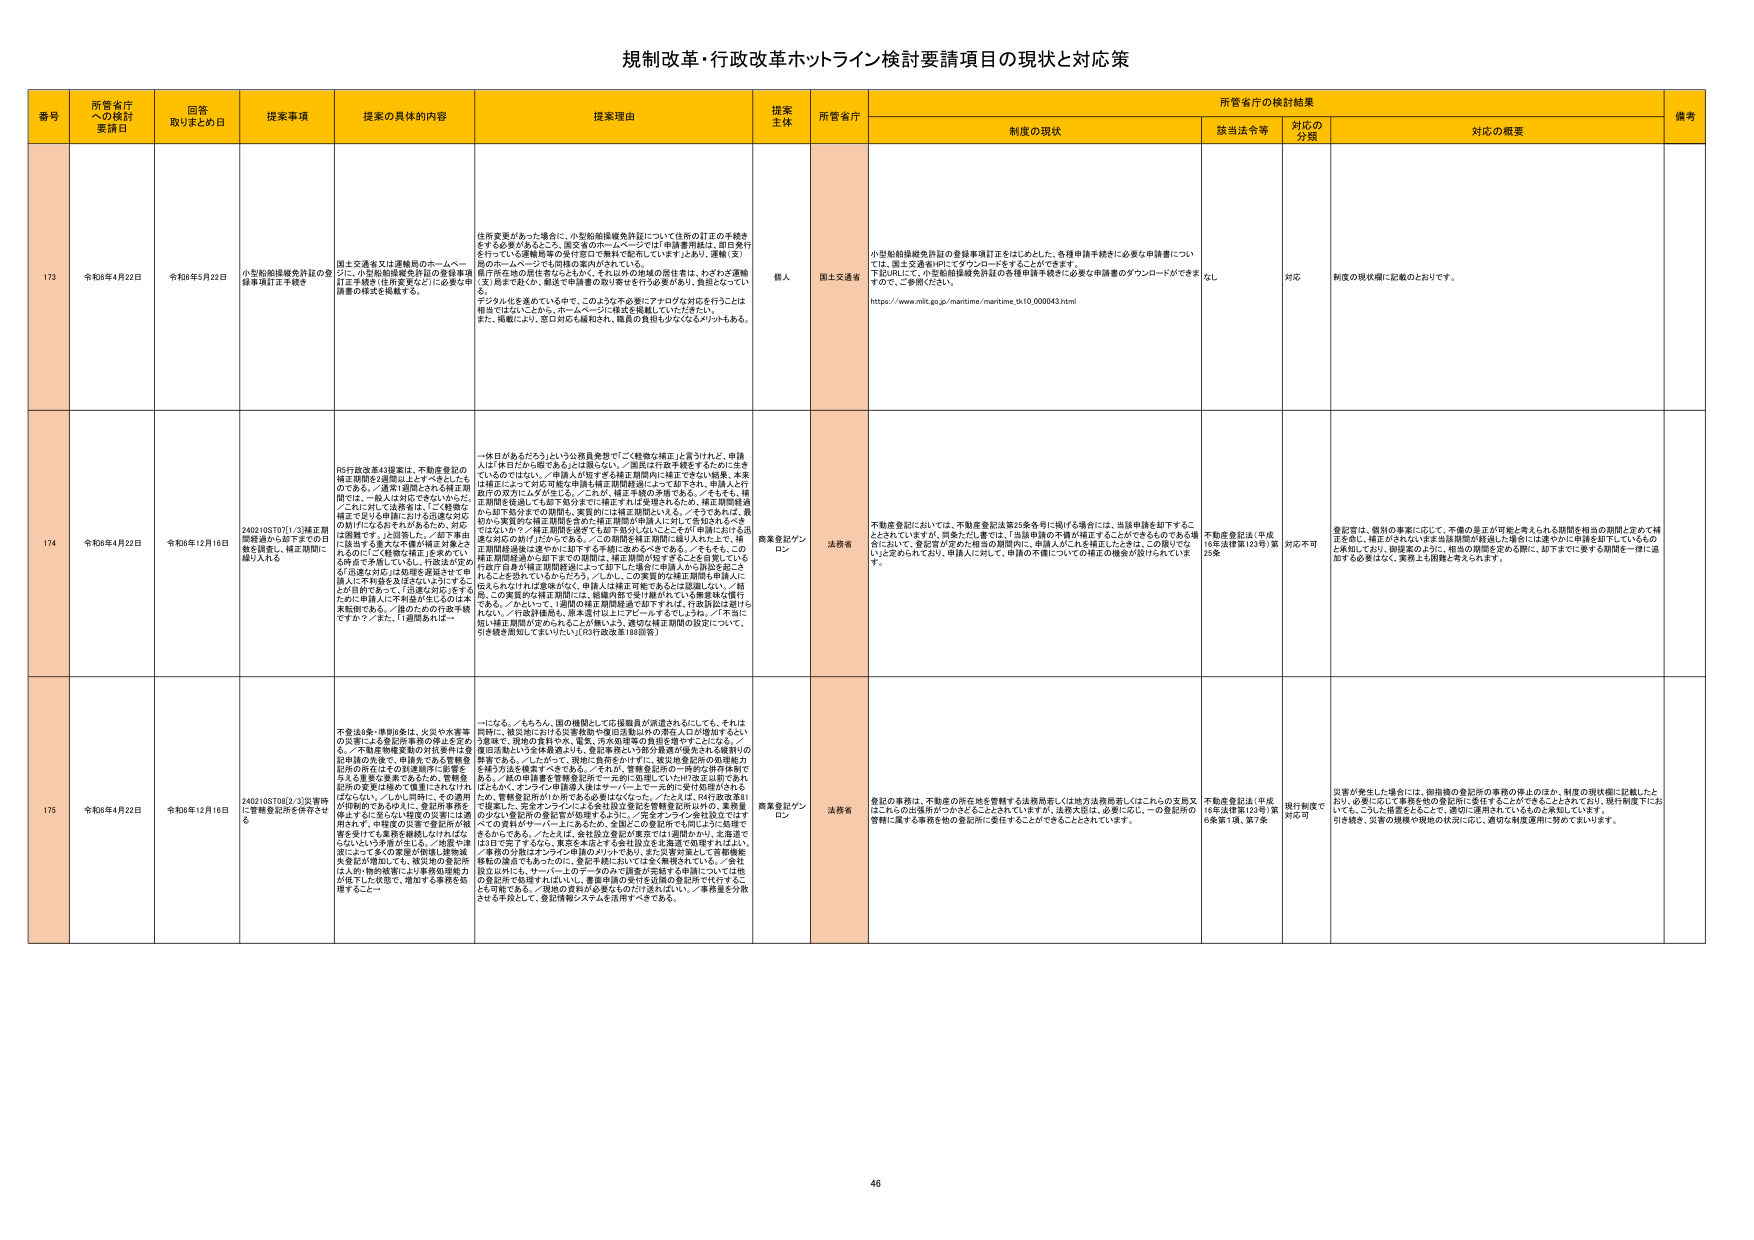
規制改革・行政改革ホットライン検討要請項目の現状と対応策

番号 所管省庁への検討要請日 回答取りまとめ日 提案事項 提案の具体的内容 提案理由 提案主体 所管省庁 所管省庁の検討結果 備考
制度の現状 該当法令等 対応の分類 対応の概要

173 令和6年4月22日 令和6年5月22日 小型船舶操縦免許証の登録事項訂正手続き 小型船舶操縦免許証の登録事項訂正手続きについて、申請者が申請書を提出する際に、申請書に記載された内容と実際の内容が異なる場合に、訂正手続きを簡素化するための対応を検討する。 住所変更があった場合に、小型船舶操縦免許証について住所の訂正の手続きをする必要があること、国交省のホームページでは「申請書用紙は、認印発行を行っている運輸局等の発行窓口で無料で配布しています」とあり、運輸（支）局のホームページも同様の案内がされている。 現在所在の居住地を記入するが、それ以外の地域の居住者は、そのとき運輸局に手続きを行う必要があり、申請者の負担が大きい。また、申請者が申請書を提出する際に、申請書に記載された内容と実際の内容が異なる場合に、訂正手続きを簡素化するための対応を検討する。 デジタル化を進めていき中で、このような不必要にアナログな対応を行うことは相当ではないことから、ホームページに様式を掲載していただきたい。また、掲載により、窓口対応も緩和され、職員の負担も少なくなるメリットもある。 個人 国土交通省 小型船舶操縦免許証の登録事項訂正をはじめとした、各種申請手続きに必要な申請書については、国土交通省HPにてダウンロードすることができる。 下記URLにて、小型船舶操縦免許証の各種申請手続きに必要な申請書のダウンロードができますので、ご参照ください。 https://www.mlit.go.jp/maritime/maritime_5s10_000043.html なし 対応 制度の現状欄に記載のとおりです。

174 令和6年4月22日 令和6年12月16日 2402105T01/3)補正期間経過から起下すでの日数を調整し、補正期間に織り入れる RS行政改革43提案は、不動産登記の補正期間を2週間以上とするべきだとの考え。／通常3週間とされる補正期間では、一般人は対応できないからだ。／これに対し「法務省は、『ご登録に補正で迫られる申請における迅速な対応の助けになる』とされており、対応は困難です。」と回答した。／却下事由に該当する重大な不備が補正対象とされるのに「ご登録に補正」を求めている時点で矛盾している。行政法が定める「迅速な対応」は効率を重視させて申請人に不利を及ぼさないようとするところだが、申請人に対し迅速な対応を求めるのは本末転倒である。／過のための行政手続きですか？／また、「過問あれば一 一体日があるだろう」という公務員発想で「ご経済な補正」と言うけれど、申請人は「休日だから戻れるとは限らない。／面接は行政手続きをするために生きているのではない。／申請人が何をするかは正期間内に補正できない結果、本来は補正によって対応可能な申請も補正期間経過によって却下され、申請人は行政庁の双方にムダが生じる。／これが、補正手続の矛盾である。／そもそも、補正期間を経過しても却下処分までに補正すれば受理されるため、補正期間経過から却下処分までの期間を、実質的には補正期間といえる。／そうであれば、最初から実質的な補正期間を含めた補正期間が申請人に不利で生じるべきではないか？／補正期間を過ぎても却下処分しないことこそが「申請における迅速な対応の助け」だからである。／この期間を補正期間に織り入れた上で、補正期間経過から却下に却下する手続に改めるべきである。／そもそも、この補正期間経過から却下までの期間は、補正期間が終了するところを意味している。行政庁自身が補正期間経過によって却下した場合に申請人から訴訟を起こされることが多い。／これは、申請人が補正可能であることは認識しない。／補正を求めるのは行政庁の責任であり、申請人は補正可能であることは認識しない。／補正、この実質的な補正期間も申請人に伝えられなければ意味がない。申請人は補正可能であることは認識しない。／結局、この実質的な補正期間には、総務内部で受け継がれている事実を法律化する必要がある。／この期間の補正期間経過から却下する手続は、行政訴訟は避けられない。／行政評価局も、原本送付以上にアピールするでしょう。／不当に短い補正期間が定められたことが無いよう、適切な補正期間の設定について、引き続き周知してまいりたい（河村法改革188回答） 商業登記ワンロン 法務省 不動産登記においては、不動産登記法第25条各号に掲げる場合には、当該申請を却下することとしていますが、同条ただし書では、「当該申請の不備が補正することができるものである場合において、登記官が定めた相当の期間内に、申請人がこれを補正したときは、この限りでない」と定められており、申請人に対して、申請の不備についての補正の機会が設けられています。 不動産登記法（平成16年法律第123号）第25条 対応不可 登記官は、個別の事案に応じて、不備の是正が可能と考えられる期間を相当の期間と定めて補正を促し、補正がされないまま当該期間が経過した場合には速やかに申請を却下しているものと承知しており、御提案のように、相当の期間を定める際に、却下までに要する期間を一律に追加する必要はなく、実務上も困難と考えられます。

175 令和6年4月22日 令和6年12月16日 2402105T08/2/3)災害時に登録登記所を併合させ る 不要法4条・特別法4条は、火災や水害等の災害による登記所事務の停止を定める。／不動産物権変動の対抗要件は登記財産の先発で、申請先である登録登記所の所在などの対象範囲に影響を与える重要文書であるから、登録登記所の変更は極めて慎重にされなければならぬ。／しかし現時点では適用が困難であるのもまた、登記所事務を停止するに至らない場合の災害には適用されず、申請者の災害で登記所の経営を受けても業務を継続しなければならないという矛盾が生じる。／地震の津波によって多くの家屋が倒壊し建物滅失要証の増加しても、被災地の登記所は人的・物的被害により業務処理能力が低下した状態で、増加する事務を処理すること一 一になる。／もちろん、国の機関として応援職員が派遣されにしても、それは同時に、被災地における災害救助や復旧活動以外の素人人口が増加するという意味で、現地の食料や水、電気、汚水処理等の負担を増やすことになる。／被災活動という全体最適よりも、登記事務という部分最適が優先される施策の可能性がある。／したがって、現地に負荷をかけずに、被災地登記所の処理能力を補う方法を模索すべきである。／それが、登録登記所の一時的な併合体制である。／他の登録登記所を登記所で一元的に処理していけば被災地に負担はなく、オンライン申請導入後はすべて一元的に受付処理がされるため、登録登記所が1か所である必要はない。／たとえば、神戸登記所を一時的に、下北沢オンラインによる対応を含む登録登記所にし、業務量の少ない登記所の登記所が処理するように、／完全オンライン登記設定ではすべての登録がオンラインによるため、全国どこで登記所でも同じように処理できるからである。／たとえば、余地登記登記が東京では1週間かかり、北海道では1日で完了するなら、東京を補足する各社法は北海道で処理すればよい。／事務の分散はオンライン申請のメリットであり、また災害対策として首都機能移転の論点でもあるのに、登記手続においては全く機能されていない。／被災地以外には、サーバー上のデータのバックアップ管理が完結する範囲については他 の登記所で処理すればよいし、書面申請の受付を近隣の登記所で代行することも可能である。／現地の負担が必要なものはだけを対応し、／事務量を分散させる手段として、登記情報システムを活用すべきである。 商業登記ワンロン 法務省 登記の事務は、不動産の所在地を管轄する法務局若しくは地方法務局若しくはこれらの支局又はこれらの出張所のつかをもつこととされていますが、法務大臣は、必要に応じ、一つの登記所の管轄に属する事務を他の登記所に委任することができることとされています。 不動産登記法（平成16年法律第123号）第6条第1項、第7条 現行制度で対応可 災害が発生した場合には、御指摘の登記所の事務の停止のほか、制度の現状欄に記載したとおり、必要に応じて事務を他の登記所に委任することができることとされており、現行制度下においても、こうした措置をとることで、適切に運用しているものと承知しています。 引き続き、災害の規模や現地の状況に応じ、適切な制度運用に努めてまいります。

46